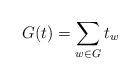
LaTeX: \begin{align*}G(t)=\sum_{w\in G} t_w\end{align*}